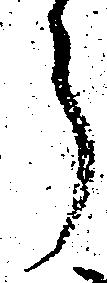
う